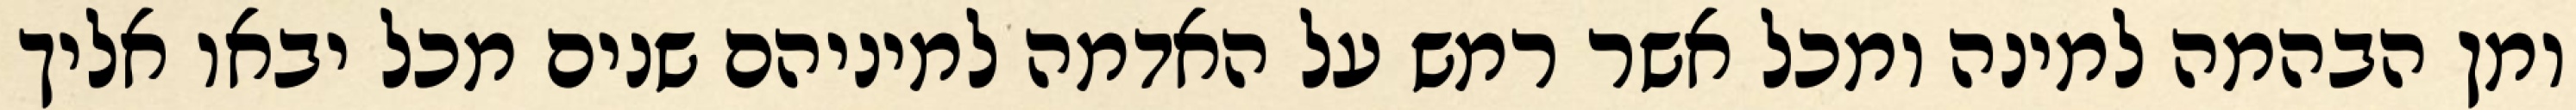
ומן הבהמה למינה ומכל אשר רמש על האדמה למיניהם שנים מכל יבאו אליך